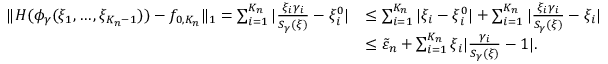
\begin{array} { r l } { \| H ( \phi _ { \gamma } ( \xi _ { 1 } , \dots , \xi _ { K _ { n } - 1 } ) ) - f _ { 0 , K _ { n } } \| _ { 1 } = \sum _ { i = 1 } ^ { K _ { n } } | \frac { \xi _ { i } \gamma _ { i } } { S _ { \gamma } ( \xi ) } - \xi _ { i } ^ { 0 } | } & { \leq \sum _ { i = 1 } ^ { K _ { n } } | \xi _ { i } - \xi _ { i } ^ { 0 } | + \sum _ { i = 1 } ^ { K _ { n } } | \frac { \xi _ { i } \gamma _ { i } } { S _ { \gamma } ( \xi ) } - \xi _ { i } | } \\ & { \leq \tilde { \varepsilon } _ { n } + \sum _ { i = 1 } ^ { K _ { n } } \xi _ { i } | \frac { \gamma _ { i } } { S _ { \gamma } ( \xi ) } - 1 | . } \end{array}